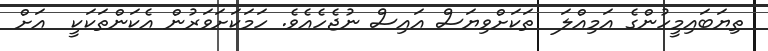
ތިޔަބައިމީހުންގެ އަމިއްލަ  ތަކަށްވިޔަސް އައިސް ނުޖެހެއެވެ. ހަމަކަށަވަރުން އެކަންތަކަކީ  އަށް